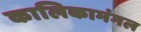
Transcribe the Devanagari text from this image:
कालिकामंगल